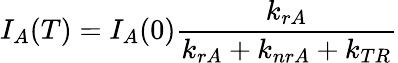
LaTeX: I_{A}(T)=I_{A}(0)\frac{k_{rA}}{k_{rA}+k_{nrA}+k_{TR}}